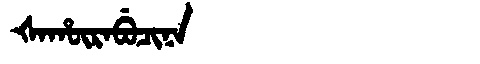
Manchu: ᡧᠠᡥᡡᡵᠠᠪᡠᠴᡳᠨᠠ
Romanization: ŠAHŪRABUCINA